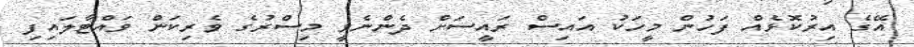
އޭގެ އިރުކޮޅެއް ފަހުން މީހަކު އައިސް ރައީސަށް ދެންނެވީ މިސްރުގެ ވެރިކަން ވައްޓާލައިފި